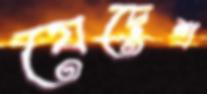
যেদেশ